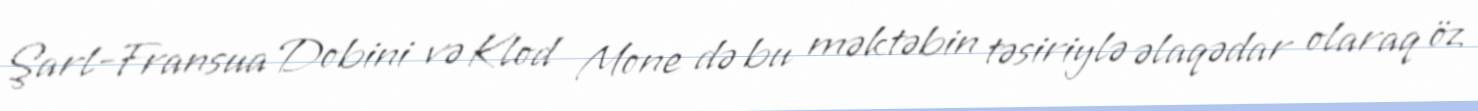
Şarl-Fransua Dobini və Klod Mone də bu məktəbin təsiriylə əlaqədar olaraq öz